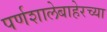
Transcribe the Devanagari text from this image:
पर्णशालेबाहेरच्या